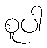
စူပါ